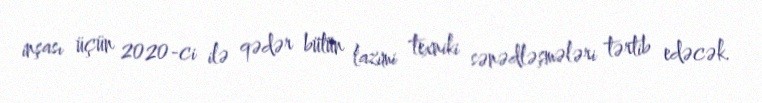
inşası üçün 2020-ci ilə qədər bütün lazımi texniki sənədləşmələri tərtib edəcək.